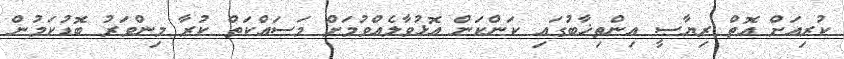
ކުރިއަށް އޮތް ރިޔާސީ އިންތިޚާބުގައި ކަންކަން އޮޅުވާލެއްވުމަށް މަސައްކަތް ކުރާ މިންވަރު ބޮޑުކަމުން